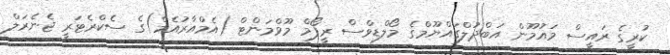
ކުރީގެ ރައީސް މައުމޫން އަބްދުލްގައްޔޫމްގެ މޯލްޑިވްސް ރީފޯމް މޫވްމަންޓް (އެމްއާރުއެމް)ގެ ސެކްރެޓަރީ ޖެނެރަލް